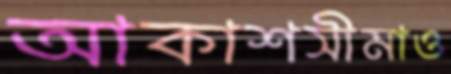
আকাশসীমাও